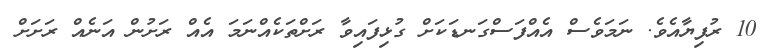
10 ރުފިޔާއެވެ. ނަަމަވެސް އެއްފަސްގަނޑަކަށް ގުޅިފައިވާ ރަށްތަކެއްނަމަ އެއް ރަށުން އަނެއް ރަށަށް